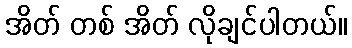
အိတ် တစ် အိတ် လိုချင်ပါတယ်။